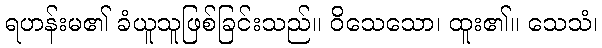
ရဟန်းမ၏ ခံယူသူဖြစ်ခြင်းသည်။ ဝိသေသော၊ ထူး၏။ သေသံ၊